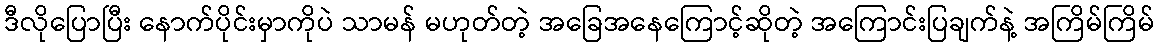
ဒီလိုပြောပြီး နောက်ပိုင်းမှာကိုပဲ သာမန် မဟုတ်တဲ့ အခြေအနေကြောင့်ဆိုတဲ့ အကြောင်းပြချက်နဲ့ အကြိမ်ကြိမ်